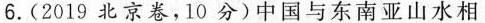
6.(2019北京卷，10分)中国与东南亚山水相